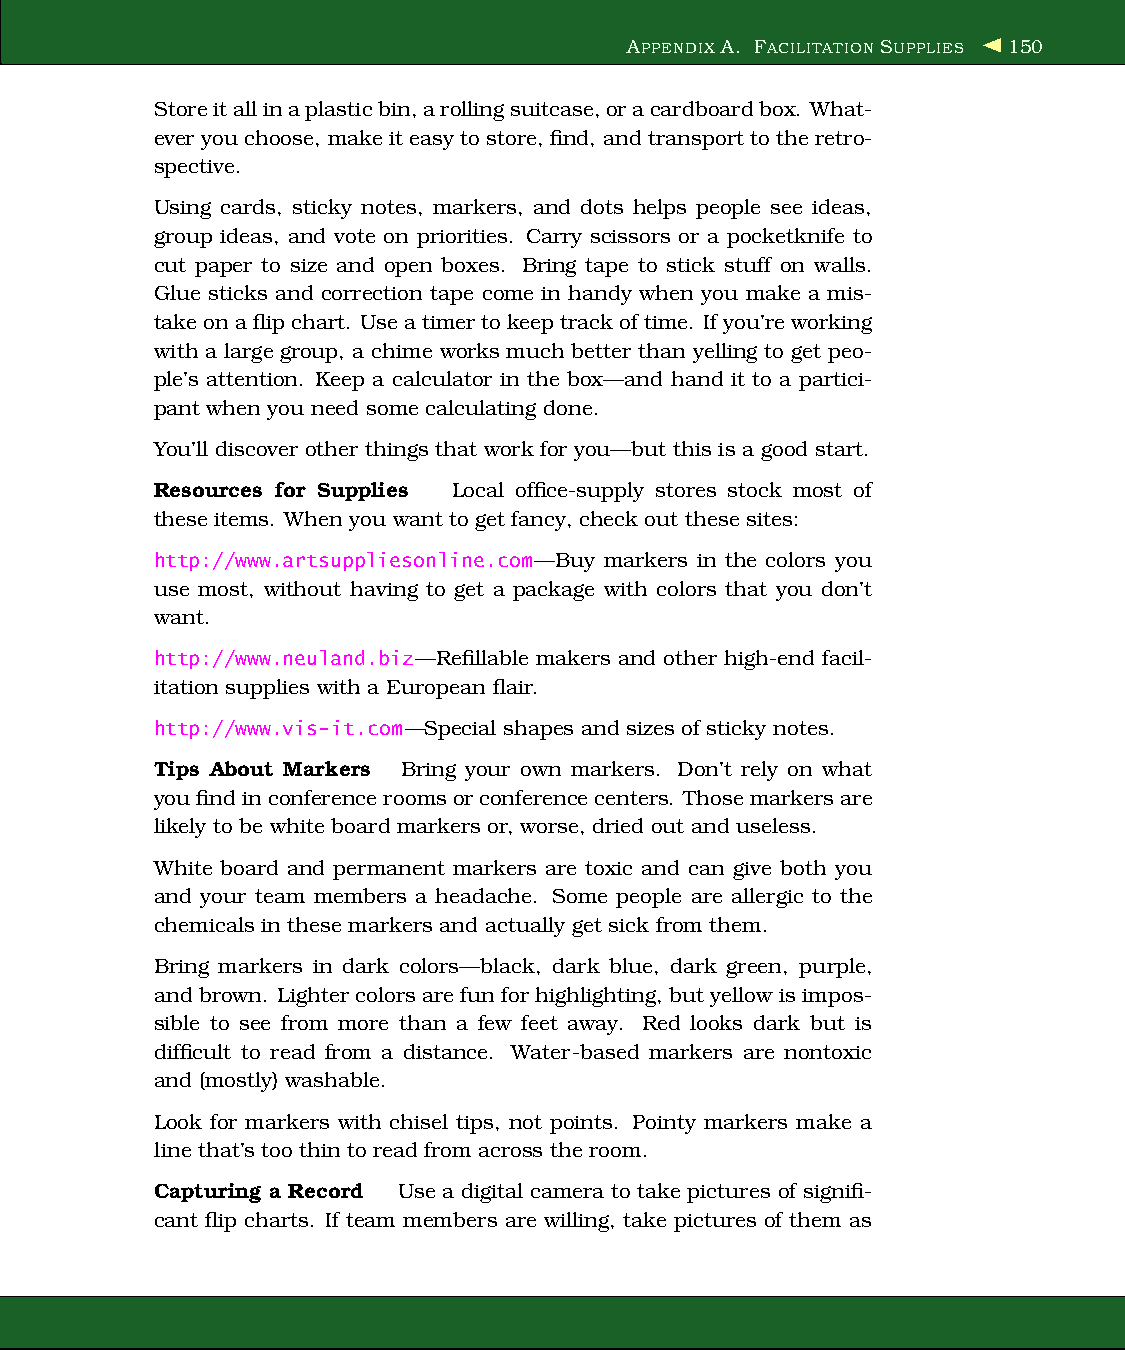
APPENDIX A. FACILITATIONSUPPLIES 150
 Storeitallinaplasticbin,arollingsuitcase,oracardboardbox. What-
 ever you choose, make it easy to store, find, and transport to theretro-
 spective.
 Using cards, sticky notes, markers, and dots helps people see ideas,
 group ideas, and vote on priorities. Carry scissors or a pocketknife to
 cut paper to size and open boxes. Bring tape to stick stuff on walls.
 Glue sticks and correction tape come in handy when you make a mis-
 takeon aflipchart. Useatimertokeep trackof time. Ifyou’reworking
 with a large group, a chime works much better than yelling to get peo-
 ple’s attention. Keep a calculator in the box—and hand it to a partici-
 pant when you need some calculating done.
 You’ll discover other things that work for you—but this is a good start.
 Resources for Supplies Local office-supply stores stock most of
 these items. When you want to get fancy, check out these sites:
 http://www.artsuppliesonline.com—Buy markers in the colors you
 use most, without having to get a package with colors that you don’t
 want.
 http://www.neuland.biz—Refillable makers and other high-end facil-
 itation supplies with a European flair.
 http://www.vis-it.com—Special shapes and sizes of sticky notes.
 Tips About Markers Bring your own markers. Don’t rely on what
 youfind inconferencerooms orconferencecenters. Those markersare
 likely to be white board markers or, worse, dried out and useless.
 White board and permanent markers are toxic and can give both you
 and your team members a headache. Some people are allergic to the
 chemicals in these markers and actually get sick from them.
 Bring markers in dark colors—black, dark blue, dark green, purple,
 and brown. Lightercolors arefun for highlighting,but yellow is impos-
 sible to see from more than a few feet away. Red looks dark but is
 difficult to read from a distance. Water-based markers are nontoxic
 and (mostly) washable.
 Look for markers with chisel tips, not points. Pointy markers make a
 line that’s too thin to read from across the room.
 Capturing a Record Use a digital camera to take pictures of signifi-
 cant flip charts. If team members are willing, take pictures of them as